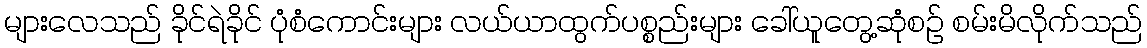
များလေသည် ခိုင်ရဲခိုင် ပုံစံကောင်းများ လယ်ယာထွက်ပစ္စည်းများ ခေါ်ယူတွေ့ဆုံစဉ် စမ်းမိလိုက်သည်